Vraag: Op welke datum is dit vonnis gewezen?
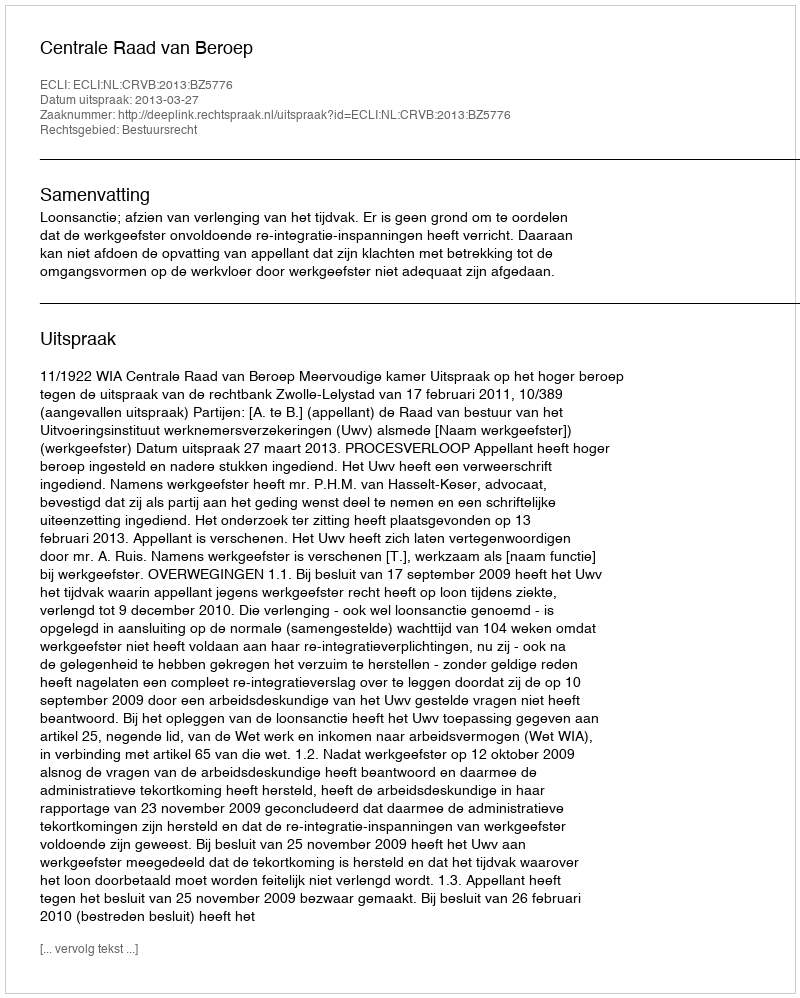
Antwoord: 2013-03-27